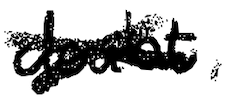
Text: doubt,
Cross-out: cross
Writing tool: digital_black